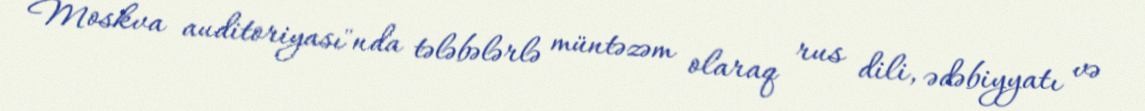
Moskva auditoriyası"nda tələbələrlə müntəzəm olaraq rus dili, ədəbiyyatı və